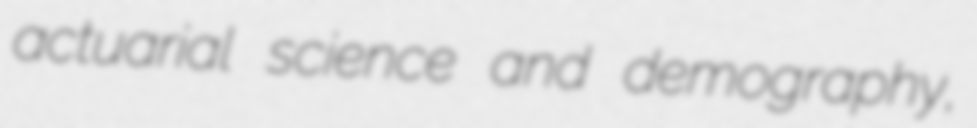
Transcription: actuarial science and demography,